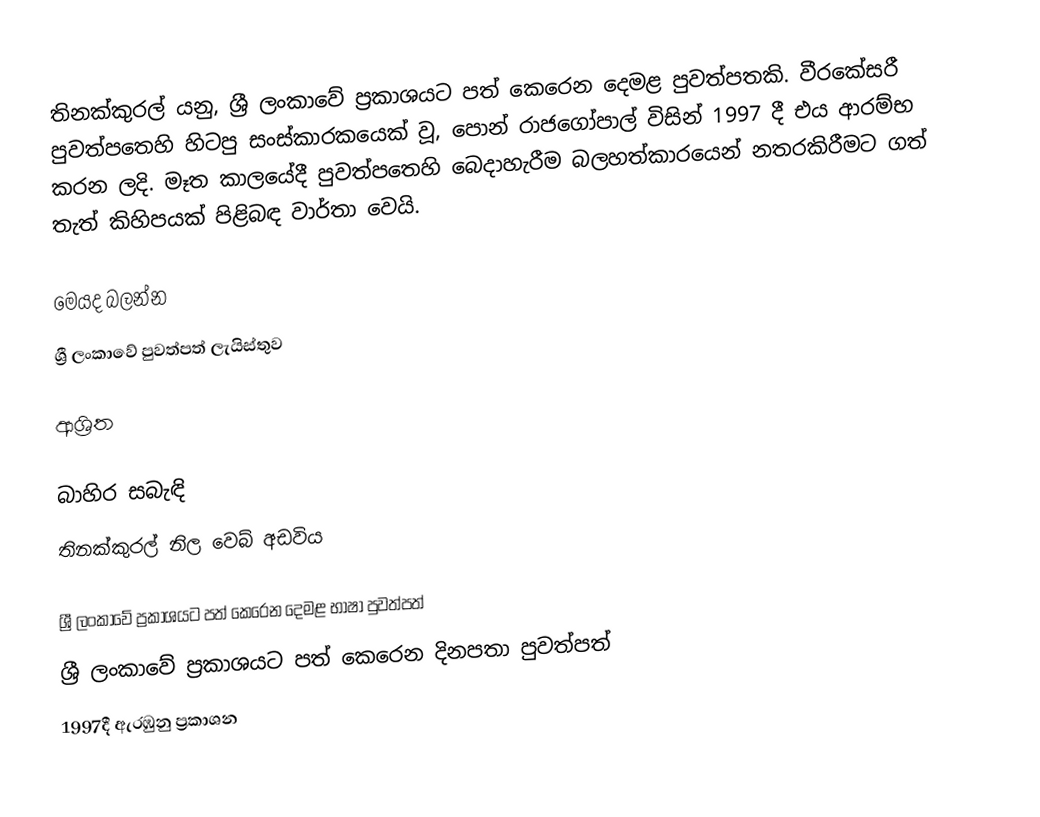
තිනක්කුරල් යනු,  ශ්‍රී ලංකාවේ ප්‍රකාශයට පත් කෙරෙන දෙමළ පුවත්පතකි.  වීරකේසරී පුවත්පතෙහි හිටපු සංස්කාරකයෙක් වූ, පොන් රාජගෝපාල් විසින් 1997 දී එය ආරම්භ කරන ලදි.  මෑත කාලයේදී පුවත්පතෙහි බෙදාහැරීම බලහත්කාරයෙන් නතරකිරීමට ගත් තැත් කිහිපයක් පිළිබඳ වාර්තා වෙයි.

මෙයද බලන්න
ශ්‍රී ලංකාවේ පුවත්පත් ලැයිස්තුව

ආශ්‍රිත

බාහිර සබැඳි
තිනක්කුරල් නිල වෙබ් අඩවිය

ශ්‍රී ලංකාවේ ප්‍රකාශයට පත් කෙරෙන දෙමළ භාෂා පුවත්පත්
ශ්‍රී ලංකාවේ ප්‍රකාශයට පත් කෙරෙන දිනපතා පුවත්පත්
1997දී ඇරඹුනු ප්‍රකාශන